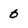
Character: 0